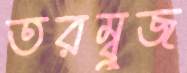
তরম্বুজ